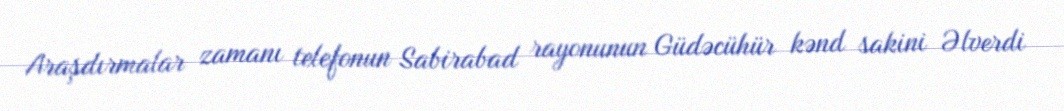
Araşdırmalar zamanı telefonun Sabirabad rayonunun Güdəcühür kənd sakini Əlverdi